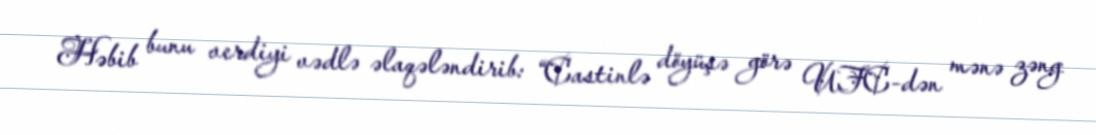
Həbib bunu verdiyi vədlə əlaqələndirib: “Castinlə döyüşə görə UFC-dən mənə zəng